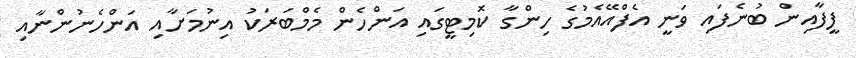
ފީފާއިން ބުނެފައި ވަނީ އެފްއޭއެމުގެ ހިންގާ ކޮމިޓީގައި އަންހެން މެމްބަރަކު އިނުމަށާއި އަންހެނުންނާއި